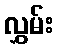
လွှမ်း